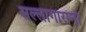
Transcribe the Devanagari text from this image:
सल्लागारांना